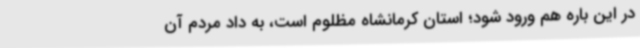
در این باره هم ورود شود؛ استان کرمانشاه مظلوم است، به داد مردم آن